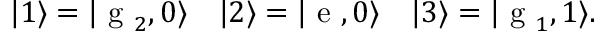
| 1 \rangle = | \textrm { g } _ { 2 } , 0 \rangle \quad | 2 \rangle = | \textrm { e } , 0 \rangle \quad | 3 \rangle = | \textrm { g } _ { 1 } , 1 \rangle .